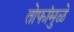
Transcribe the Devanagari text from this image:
तोफांमुळे